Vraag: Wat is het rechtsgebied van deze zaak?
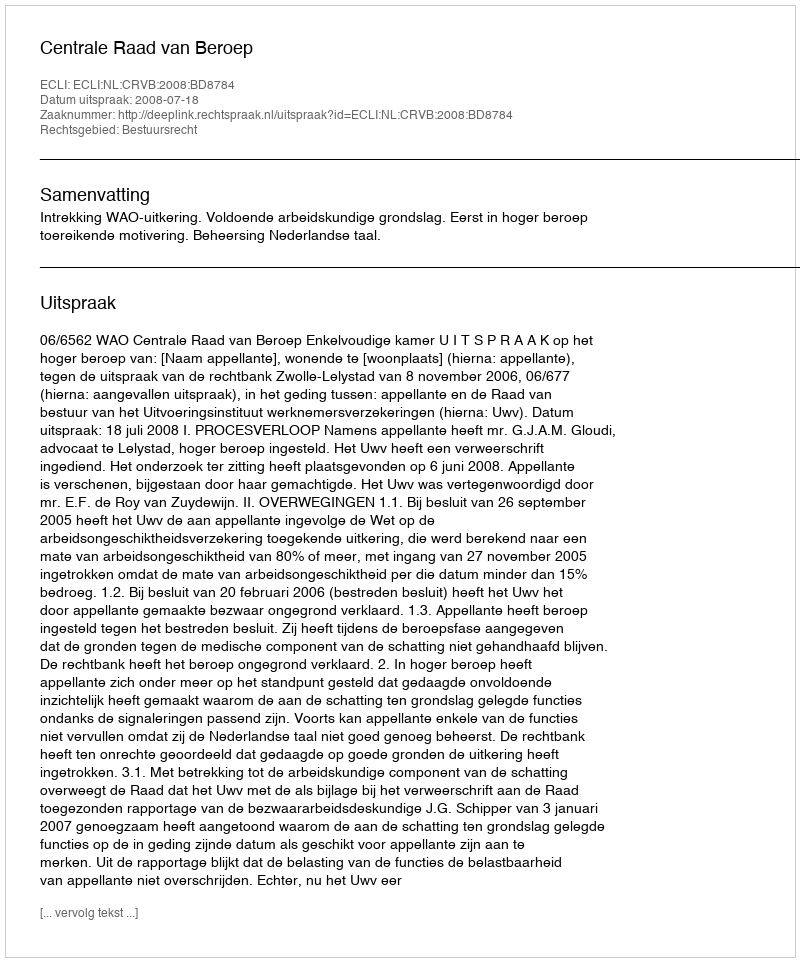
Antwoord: Bestuursrecht